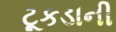
ટૂકડાની